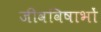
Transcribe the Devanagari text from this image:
जीवविषाभों